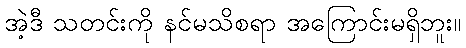
အဲ့ဒီ သတင်းကို နင်မသိစရာ အကြောင်းမရှိဘူး။